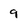
Character: 9